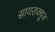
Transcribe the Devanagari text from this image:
सायराक्यूज